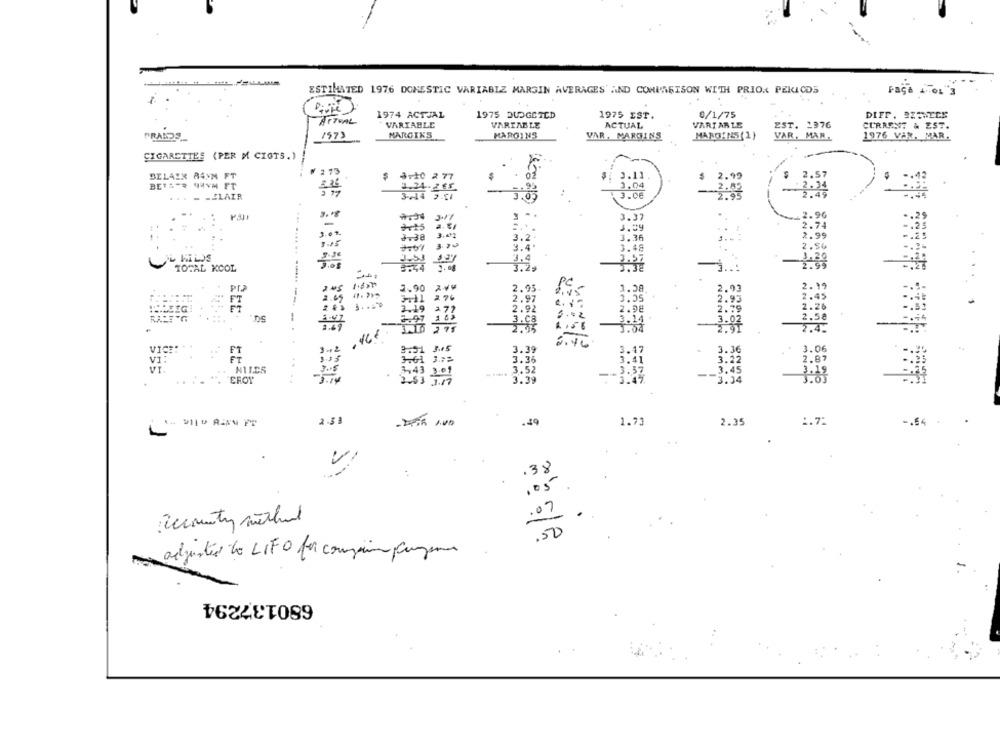
ESTIMATED 1976 DOMESTIC VARIABLE MARGIN AVERAGES' AND COMPARISON WITH PRIO. PEKICDS
Faça To1'3
.
1974 ACTUAL
1975 BUDGETCD
1975 EST.
0/1/75
DIFF. SZAWECE
VARIABLE
VARIABLE
ACTUAL
VARIABLE
EST. 1976
CURRENT & EST.
MARGINS
MARGINS
VAR, MARGINS
MARGINS(1)
VAR, MAR.
1976 VAR. MAR.
PRADOS_
CIGARETTES (PER M CIGTS. )
BILAIX 84YM FT
$
3.11
$ 2.99
BETA-R 9AYM FT
1.04
... - - CLAIR
3.24 ger
-
3.08
-3.03
3.37
.2.96
.....
-
2.74
2.38 3.01
3.
3.36
2.99
. .... ..
#101 3:00
3.4.
3.48
TOTAL KCOL
-
PC
3.90
1 .28
3: 22
2. 19
3 .
VICE:
3.39
3.06
VI:
3:47
3.36
VI.
3.36
NILES
.3:52
EFOY
-- 3:83
--
-3:34
2.53
2.35
.49
1.73
1.72
-. 94
.38
105
.07
[accounty mithund
.50
adjusted do LIFO for comprim pagamos
680137294